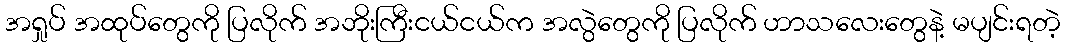
အရှုပ် အထုပ်တွေကို ပြလိုက် အဘိုးကြီးငယ်ငယ်က အလွဲတွေကို ပြလိုက် ဟာသလေးတွေနဲ့ မပျင်းရတဲ့